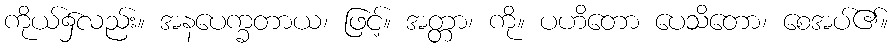
ကိုယ်၌လည်း။ အနပေက္ခတာယ၊ ဖြင့်။ အတ္တာ၊ ကို။ ပဟိတော ပေသိတော၊ စေအပ်၏။